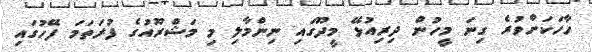
ހާހަކަށްވުރެ ގިނަ މީހުން ދިރިއުޅޭ މީދޫގައި ނިންމާލި މި މަޝްރޫއުގެ ފުރަތަމަ ފޭހުގައި